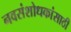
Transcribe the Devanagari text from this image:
नवसंशोधकांसाठी